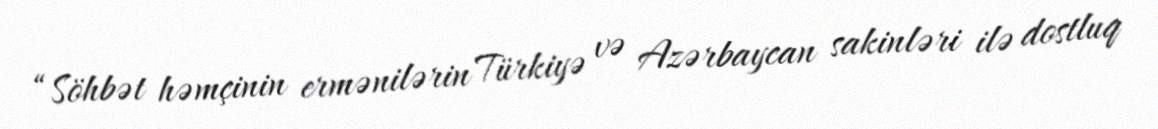
“Söhbət həmçinin ermənilərin Türkiyə və Azərbaycan sakinləri ilə dostluq